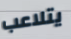
يتلاعب